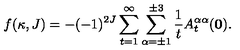
f ( \kappa , J ) = - ( - 1 ) ^ { 2 J } \sum _ { t = 1 } ^ { \infty } \sum _ { \alpha = \pm 1 } ^ { \pm 3 } \frac { 1 } { t } A _ { t } ^ { \alpha \alpha } ( { \bf 0 } ) .